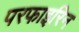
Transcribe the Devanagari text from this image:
परफाइरिन